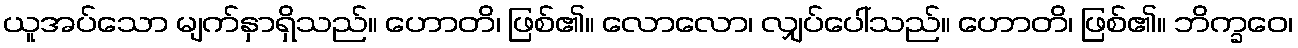
ယူအပ်သော မျက်နှာရှိသည်။ ဟောတိ၊ ဖြစ်၏။ လောလော၊ လျှပ်ပေါ်သည်။ ဟောတိ၊ ဖြစ်၏။ ဘိက္ခဝေ၊